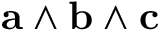
\mathbf { a } \wedge \mathbf { b } \wedge \mathbf { c }